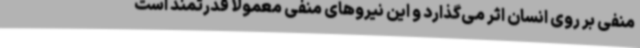
منفی بر روی انسان اثر می‌گذارد و این نیروهای منفی معمولا قدرتمند است